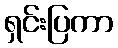
ရှင်းပြကာ